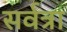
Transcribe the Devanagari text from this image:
सर्वत्रा